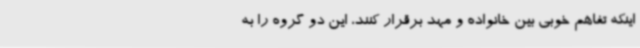
اینکه تفاهم خوبی بین خانواده و مهد برقرار کنند، این دو گروه را به